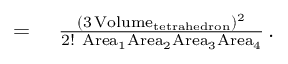
\begin{array} { r l } { = { } } & { { } { \frac { ( 3 \operatorname { V o l u m e } _ { \mathrm { t e t r a h e d r o n } } ) ^ { 2 } } { 2 ! ~ \mathrm { A r e a } _ { 1 } \mathrm { A r e a } _ { 2 } \mathrm { A r e a } _ { 3 } \mathrm { A r e a } _ { 4 } } } \, . } \end{array}